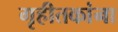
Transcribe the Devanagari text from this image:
गृहीतकांना